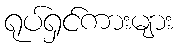
ရုပ်ရှင်ကားများ